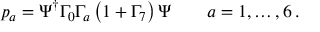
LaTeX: p _ { a } = \Psi ^ { \dagger } \Gamma _ { 0 } \Gamma _ { a } \left( 1 + \Gamma _ { 7 } \right) \Psi \qquad a = 1 , \dots , 6 \, .